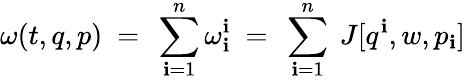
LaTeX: \omega(t,q,p)\ =\ \sum_{\mathbf{i}=1}^{n}\omega_{\mathbf{i}}^{\mathbf{i}}\ =\ \sum_{\mathbf{i}=1}^{n}\ J[q^{\mathbf{i}},w,p_{\mathbf{i}}]